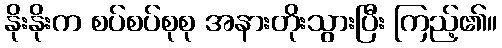
နိုးနိုးက စပ်စပ်စုစု အနားတိုးသွားပြီး ကြည့်၏။